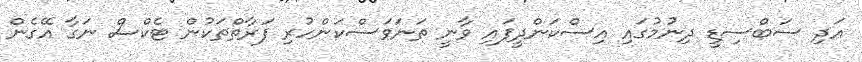
އަދި ސަބްސިޑީ ދިނުމުގައި އިސްކަންދީފައި ވާނީ ތަނަވަސްކަންހުރި ފަރާތްތަކުން ޓެކްސް ނަގާ އޭގެން